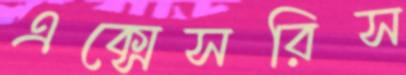
এক্সেসরিস